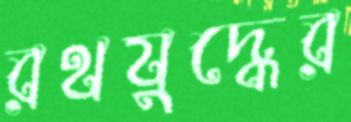
রথযুদ্ধের